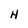
Character: H